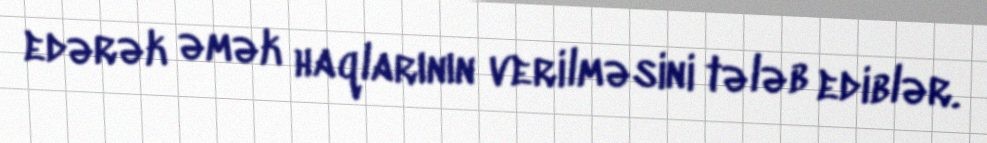
edərək əmək haqlarının verilməsini tələb ediblər.